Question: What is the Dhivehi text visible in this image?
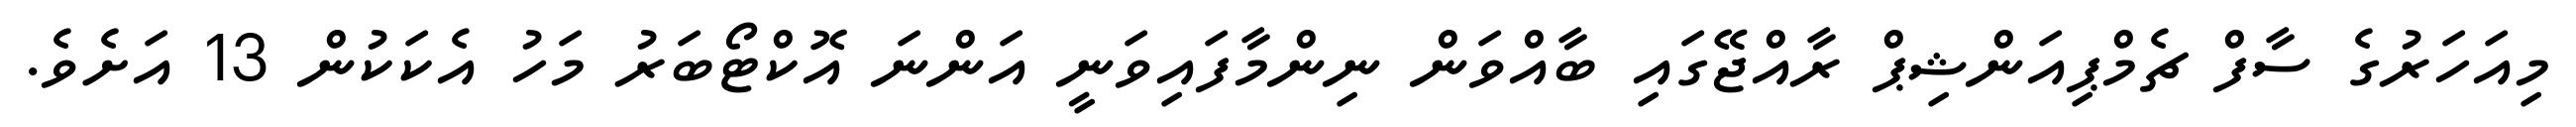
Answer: މިއަހަރުގެ ސާފް ޗެމްޕިއަންޝިޕް ރާއްޖޭގައި ބާއްވަން ނިންމާފައިވަނީ އަންނަ އޮކްޓޯބަރު މަހު އެކަކުން 13 އަށެވެ.